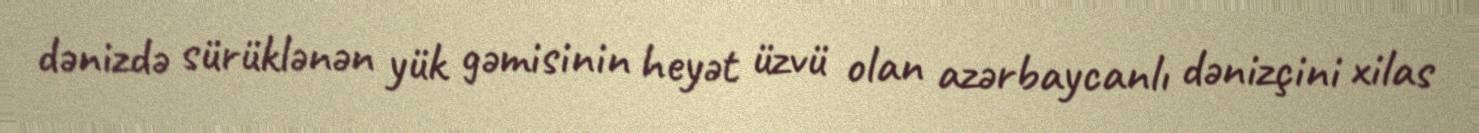
dənizdə sürüklənən yük gəmisinin heyət üzvü olan azərbaycanlı dənizçini xilas